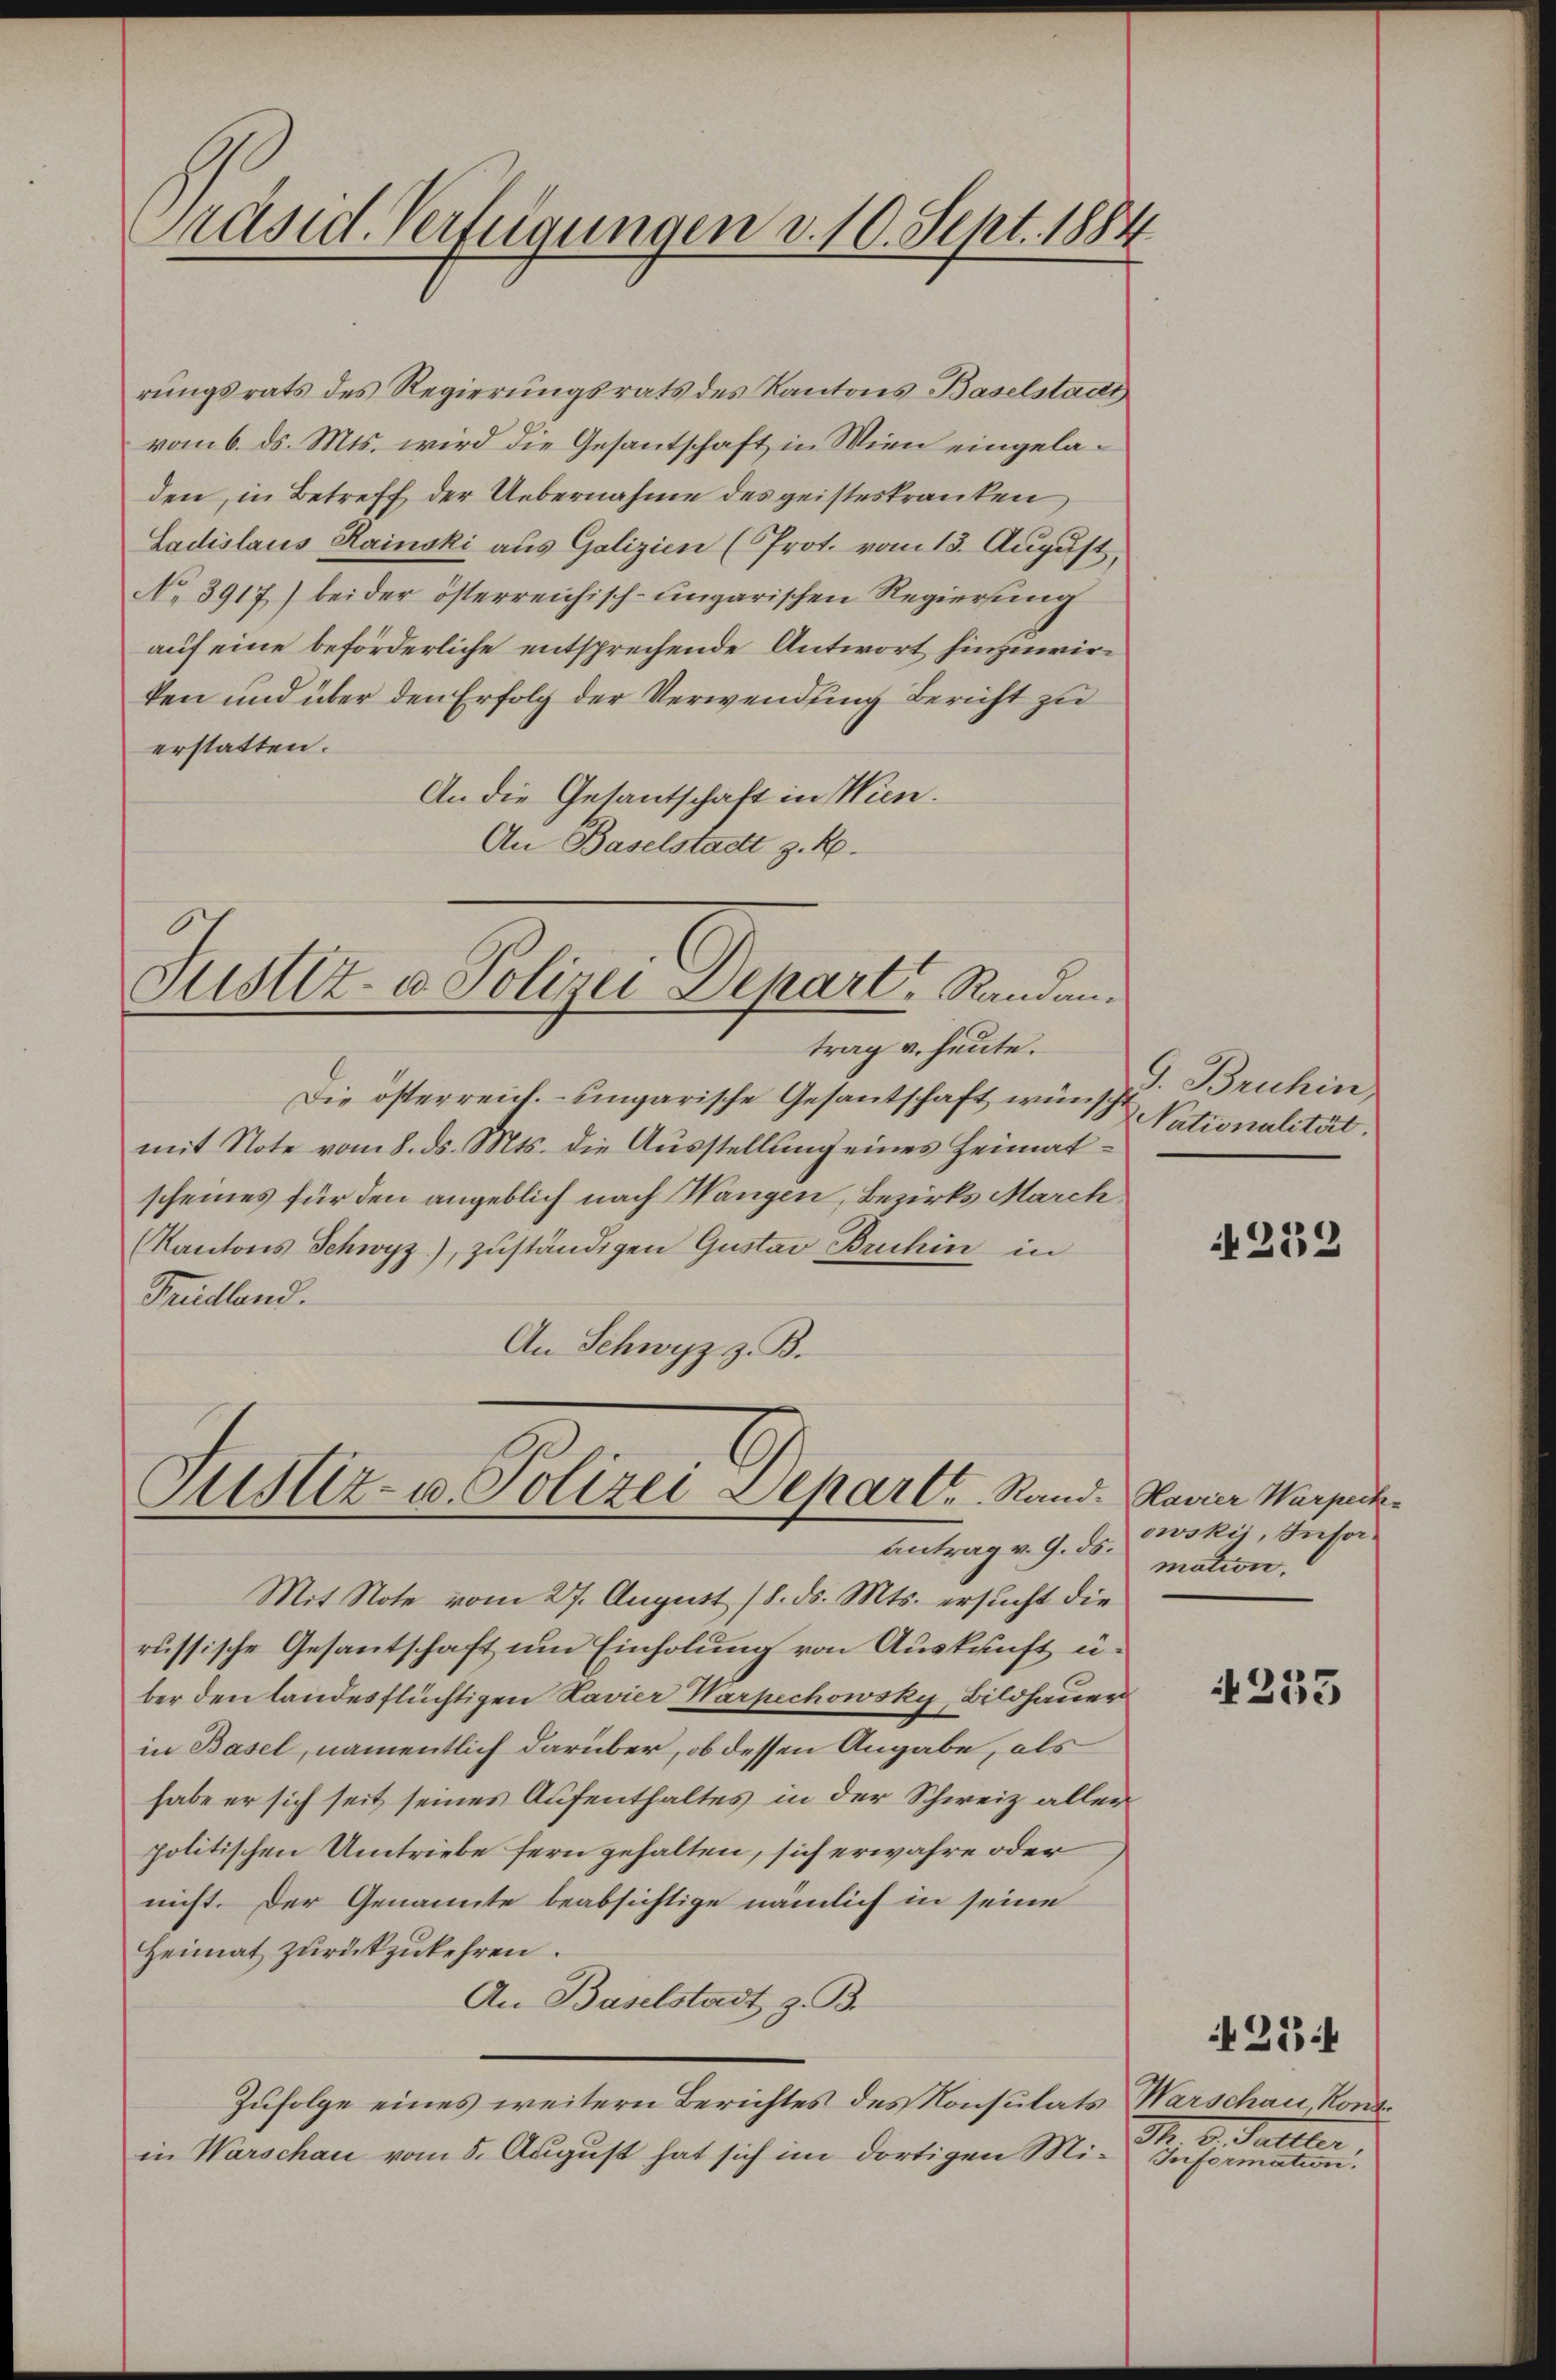
Präsid. Verfügungen v. 10. Sept. 1884

rungsrats des Regierungsrats des Kantons Baselstadt
vom 6. ds. Mts. wird die Gesantschaft in Wien eingeladen, in Betreff der Uebernahme des geisteskranken
Ladislaus Rainski aus Galizien (Prot. vom 13. August,
No 3917) bei der österreichisch-ungarischen Regierŭng
auf eine beförderliche entsprechende Antwort hinzuwirken und über den Erfolg der Verwendung Bericht zu
erstatten.
An die Gesantschaft in Wien.
An Baselstadtt z. R.

Justiz- & Polizei Depart, Randen.

Justiz- u. Polizei Depart. Rand. Havrer Werpick¬
Antrag v. 9. ds.

Die österreich. Ungarische Gesantschaft wünsch Nationalität.
mit Note vom 8. ds. Mts. die Ausstellung eines Heimatscheines für den angeblich nach Wangen, Bezirks March¬
Kantons Schwyz), zuständigen Gustav Bruchin in
Treidland.
An Schwyz z. B.

trag u. heute.

Mit Note vom 27. August 18. ds. Mts. ersucht die
russische Gesantschaft um Einholung von Auskunft über den landesflüchtigen Ravier Warpechowsky, Bildhauer
in Basel, namentlich darüber, ob dessen Angabe, als
habe er sich seit seines Aufenthaltes in der Schweiz aller
politischen Umtriebe fern gehalten, sich erwahre oder
nicht. Der Genannte beabsichtige nämlich in seine
Heimat zurückzukehren.
An Baselstadt z. B.
Zufolge eines weitern Berichtes des Konsulats Warschau, Rondin Warschau vom 5. August hat sich im dortigen Mi¬ Information.

9. Bruhin

232

owski, Insamation.

4233

M. D. Faller

25f